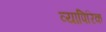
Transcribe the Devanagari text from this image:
व्यापिरिक